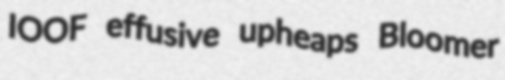
IOOF effusive upheaps Bloomer